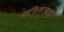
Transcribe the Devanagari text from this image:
नासिकास्राव